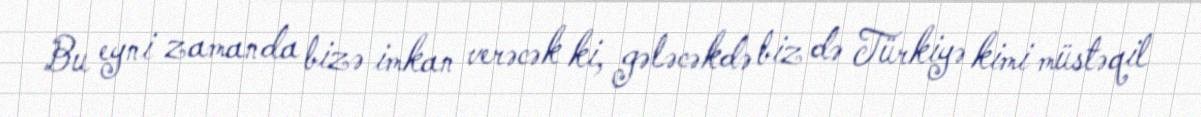
Bu eyni zamanda bizə imkan verəcək ki, gələcəkdə biz də Türkiyə kimi müstəqil